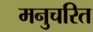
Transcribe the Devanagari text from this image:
मनुचरित